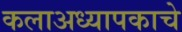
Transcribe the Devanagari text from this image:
कलाअध्यापकाचे